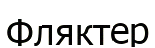
Фляктер